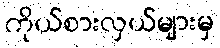
ကိုယ်စားလှယ်များမှ